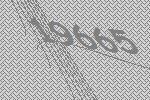
19665